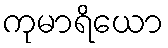
ကုမာရိယော